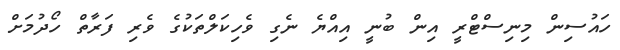
ހައުސިން މިނިސްޓްރީ އިން ބުނީ އިއްޔެ ނެގި ވެހިކަލްތަކުގެ ވެރި ފަރާތް ހޯދުމަށް